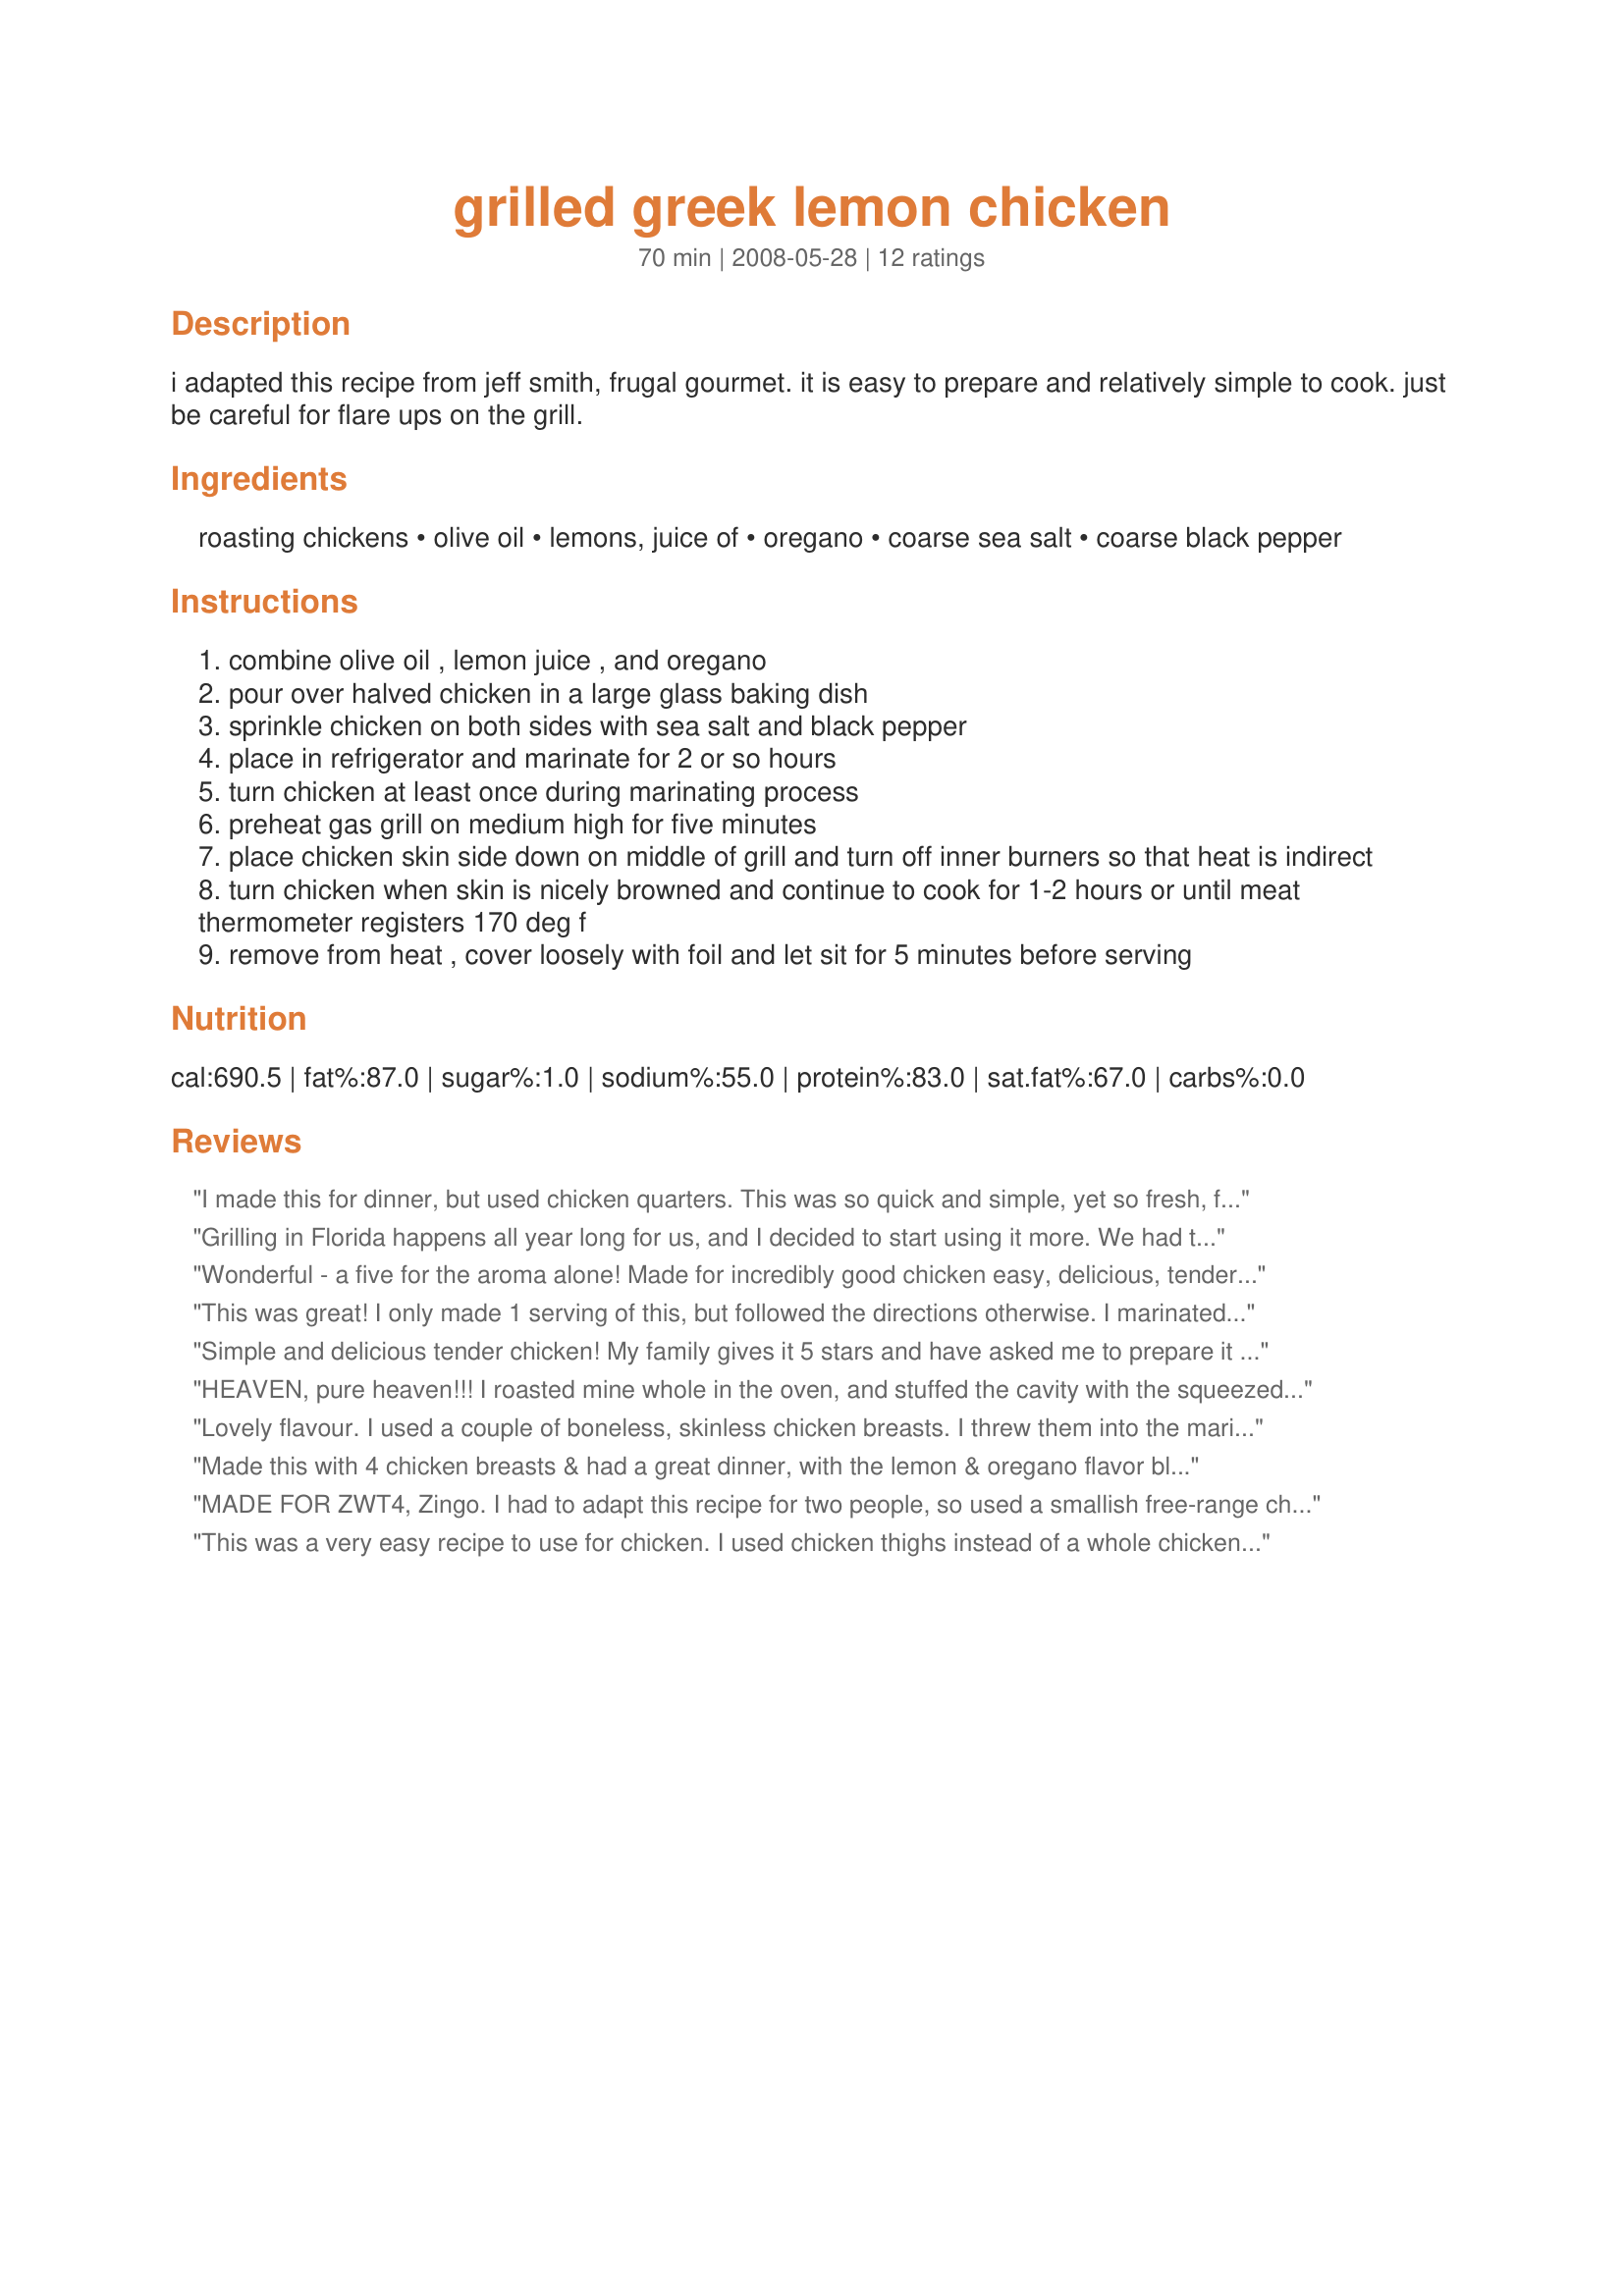
grilled greek lemon chicken
Preparation time: 70 minutes

i adapted this recipe from jeff smith, frugal gourmet. it is easy to prepare and relatively simple to cook. just be careful for flare ups on the grill.

Ingredients:
roasting chickens, olive oil, lemons, juice of, oregano, coarse sea salt, coarse black pepper

Steps:
combine olive oil , lemon juice , and oregano
pour over halved chicken in a large glass baking dish
sprinkle chicken on both sides with sea salt and black pepper
place in refrigerator and marinate for 2 or so hours
turn chicken at least once during marinating process
preheat gas grill on medium high for five minutes
place chicken skin side down on middle of grill and turn off inner burners so that heat is indirect
turn chicken when skin is nicely browned and continue to cook for 1-2 hours or until meat thermometer registers 170 deg f
remove from heat , cover loosely with foil and let sit for 5 minutes before serving

Reviews:
I made this for dinner, but used chicken quarters. This was so quick and simple, yet so fresh, full of lemon flavor!! I will make this often. Made for ZWT4 zingo. Thanks Mama for a great recipe.
Grilling in Florida happens all year long for us, and I decided to start using it more. We had this chicken and it was enjoyed by my whole family, when I had them over for Sunday dinner. Simple and delicious! Thank you!
Wonderful - a five for the aroma alone! Made for incredibly good chicken easy, delicious, tender - definitely company fare. Made mine in the oven - next time going to do as Mary - split and grill. Into my family favorites cookbook for this one! Thank you for sharing.
This was great! I only made 1 serving of this, but followed the directions otherwise. I marinated the chicken for about 2 1/2 hours and grilled it for about 1 1/2 hours. Thanks Mama for a great recipe. Madefor ZWT4.
Simple and delicious tender chicken! My family gives it 5 stars and have asked me to prepare it for them again this month!
HEAVEN, pure heaven!!! I roasted mine whole in the oven, and stuffed the cavity with the squeezed lemons cut up! (Basted the chicken with the fresh squeezed lemon juice prior to roasting.) *Roasted at 350 for 2 1/2 hours for a 6 1/2 lb. chicken. It came out SO gorgeous!! Absolutely DELICIOUS!!! Thanks so much!! Made for the ZWT4 :)
Lovely flavour. I used a couple of boneless, skinless chicken breasts. I threw them into the marinade this morning straight from the freezer and cooked them tonight. They were done in about an hour. Made for ZWT4 Zingo
Made this with 4 chicken breasts & had a great dinner, with the lemon & oregano flavor blend! So easy to prepare, too! Thanks for sharing! [Mate & reviewed in the Zingo part of Zaar World Tour 4]
MADE FOR ZWT4, Zingo. I had to adapt this recipe for two people, so used a smallish free-range chicken. I cut it in two, as the recipe says, used a little less olive oil and the juice of 1 lemon. I added some dark brown (muscovado) sugar to cut the acidity, and instead of the sea salt I used a seasoned salt, purely because some chickens are sometimes not very flavourful. Had to use my oven grill as it's midwinter here and it was raining too, so no outside grilling! I don't use a meat thermometer, but after just over 1 hour the chicken was perfectly done. Thanks for a nice recipe -- my idea of comfort food in winter!
This was a very easy recipe to use for chicken. I used chicken thighs instead of a whole chicken as that is what we prefer. The chicken was very moist from marinating. Reviewed for ZWT4 Zingo.
YUM -- 5 stars both for incredible flavor, and also ease of preparation. I used good Greek oregano and red sea salt. Rather than a whole chicken, I did one package of boneless skinless chicken breasts and one package of drumsticks. My 3-yr old DS who normally eats 4 bites of food for his whole dinner ate two entire drumsticks, which is nothing short of miraculous.
Thanks, Mama Cee Jay! 
Made for ZWT4.
Split my chickens in half, marinaded and then threw them on the grill. Two hours later we sat down to some awesome chicken. Will make this again, first because it was so easy and second because it was so good. Made for ZWT4.
